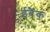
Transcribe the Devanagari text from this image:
ईबैंक